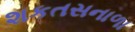
શકતસનાળા